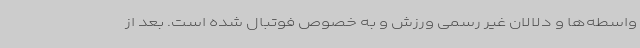
واسطه‌ها و دلالان غیر رسمی ورزش و به خصوص فوتبال شده است. بعد از